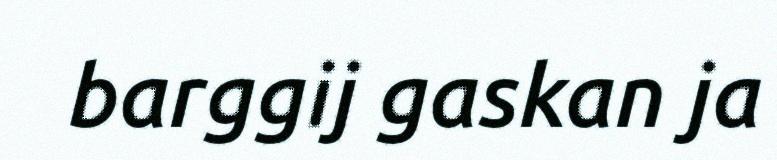
barggij gaskan ja